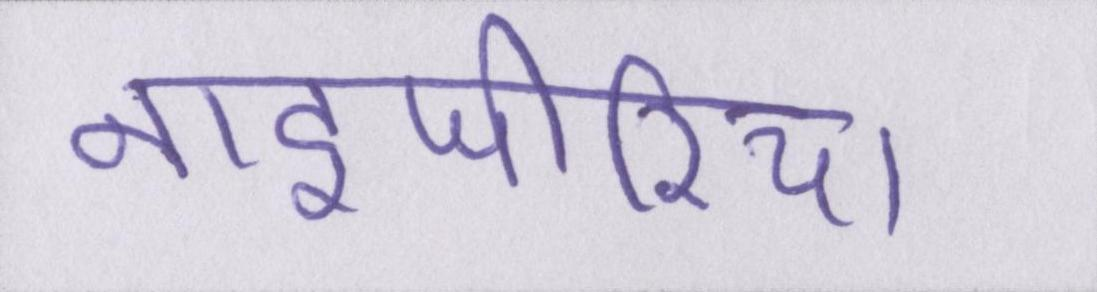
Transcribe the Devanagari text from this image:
नाइजीरिया